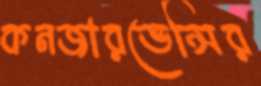
কনজারভেন্সির